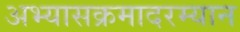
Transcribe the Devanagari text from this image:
अभ्यासक्रमादरम्यान